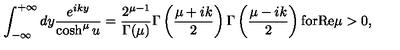
\int _ { - \infty } ^ { + \infty } d y \frac { e ^ { i k y } } { \cosh ^ { \mu } u } = \frac { 2 ^ { \mu - 1 } } { \Gamma ( \mu ) } \Gamma \left( \frac { \mu + i k } { 2 } \right) \Gamma \left( \frac { \mu - i k } { 2 } \right) \mathrm { f o r } \mathrm { R e } \mu > 0 ,